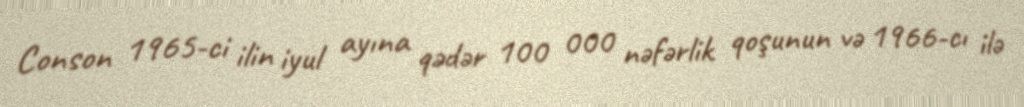
Conson 1965-ci ilin iyul ayına qədər 100 000 nəfərlik qoşunun və 1966-cı ilə